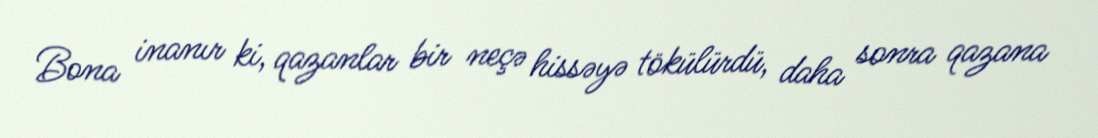
Bona inanır ki, qazanlar bir neçə hissəyə tökülürdü, daha sonra qazana